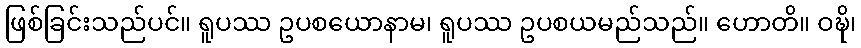
ဖြစ်ခြင်းသည်ပင်။ ရူပဿ ဥပစယောနာမ၊ ရူပဿ ဥပစယမည်သည်။ ဟောတိ။ ဝဍ္ဎိ၊